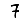
Digit: 7